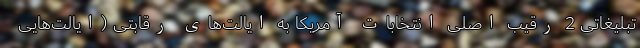
تبلیغاتی 2 رقیب اصلی انتخابات آمریکا به ایالت‌های رقابتی (ایالت‌هایی